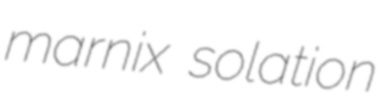
marnix solation